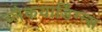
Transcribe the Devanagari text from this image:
ब्लैकयार्डिंग्न्स